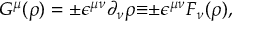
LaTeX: G ^ { \mu } ( \rho ) = { \pm } { \epsilon } ^ { { \mu } { \nu } } { \partial } _ { \nu } { \rho } { \equiv } { \pm } { \epsilon } ^ { { \mu } { \nu } } F _ { \nu } ( \rho ) ,